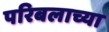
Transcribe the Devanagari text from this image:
परिबलाच्या